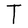
Character: T